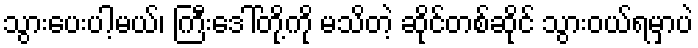
သွားပေးပါ့မယ်၊ ကြီးဒေါ်တို့ကို မသိတဲ့ ဆိုင်တစ်ဆိုင် သွားဝယ်ရမှာပဲ